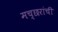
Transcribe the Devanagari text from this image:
मच्छरांची